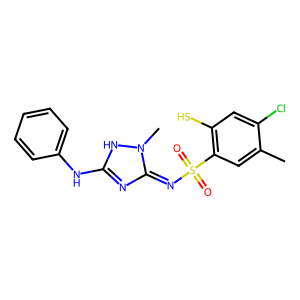
SMILES: Cc1cc(S(=O)(=O)N=c2nc(Nc3ccccc3)[nH]n2C)c(S)cc1Cl
Inhibits HIV replication: No